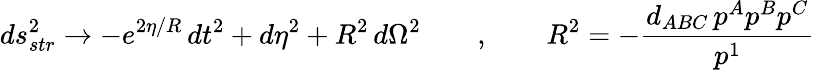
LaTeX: ds_{str}^{2}\rightarrow-e^{2\eta/R}\, dt^{2}+d\eta^{2}+R^{2}\, d\Omega^{2}\qquad,\qquad R^{2}=-{\frac{d_{ABC}\, p^{A}p^{B}p^{C}}{p^{1}}}